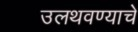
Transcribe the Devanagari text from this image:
उलथवण्याचे